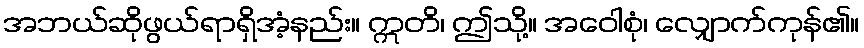
အဘယ်ဆိုဖွယ်ရာရှိအံ့နည်း။ ဣတိ၊ ဤသို့။ အဝေါစုံ၊ လျှောက်ကုန်၏။